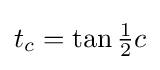
t_{c}=\tan {\tfrac {1}{2}}c